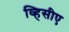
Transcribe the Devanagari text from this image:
व्हिसीए